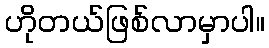
ဟိုတယ်ဖြစ်လာမှာပါ။